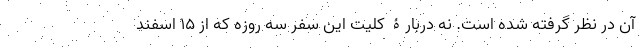
آن در نظر گرفته شده است. نه دربارۀ کلیت این سفر سه روزه که از 15 اسفند